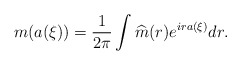
\begin{align*}m(a(\xi)) = \frac{1}{2\pi} \int \widehat{m}(r) e^{ira(\xi)} dr.\end{align*}